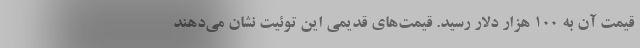
قیمت آن به ۱۰۰ هزار دلار رسید. قیمت‌های قدیمی این توئیت نشان می‌دهند